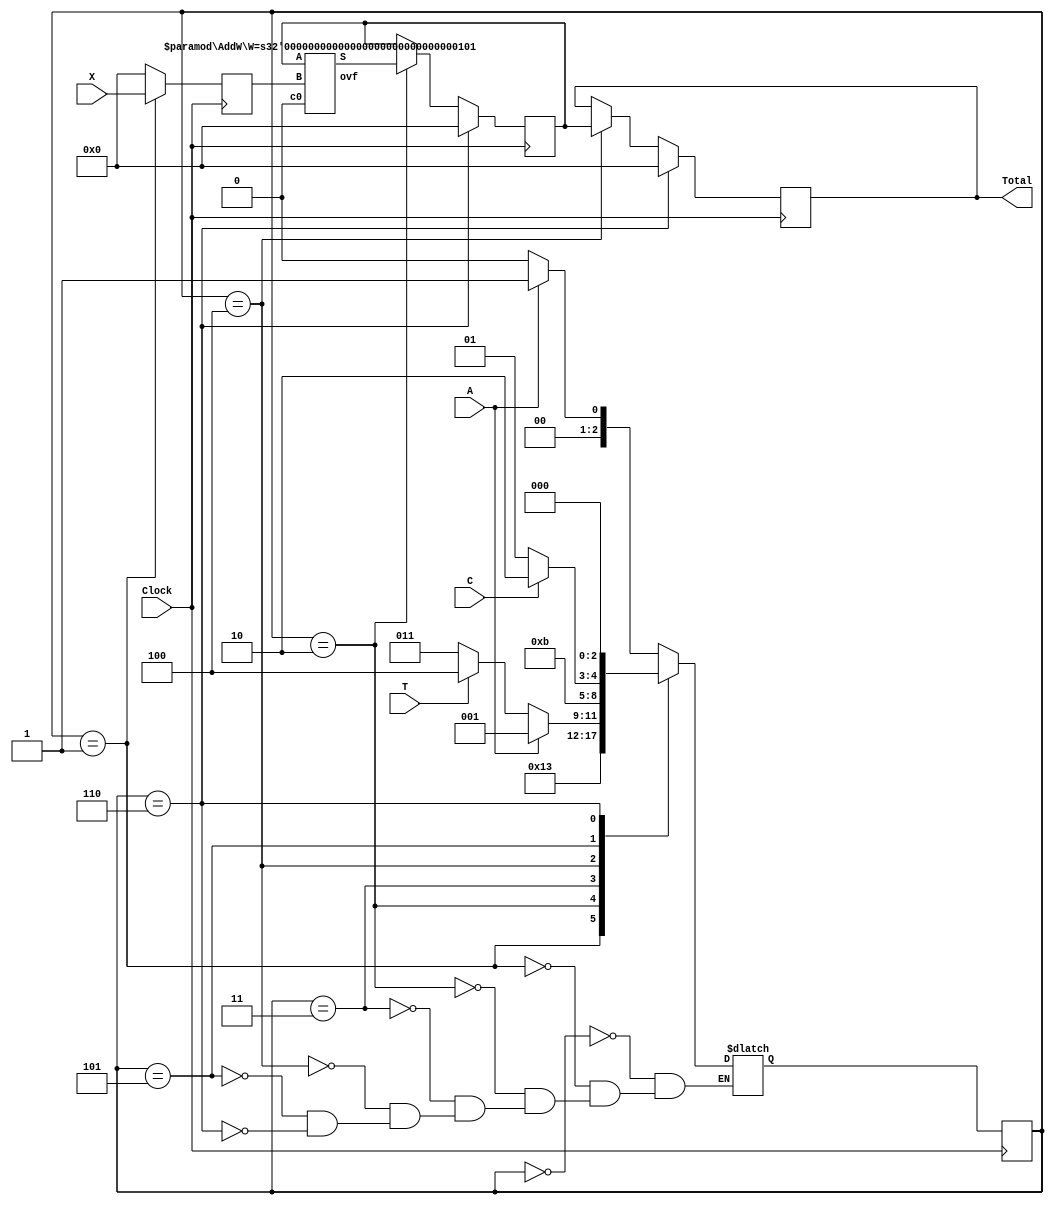
// Cash Register
module CashReg
  #(parameter W = 5)									// Default bit width
  (Clock, C, A, T, X, Total);
	input Clock;
	input A;													// Add next X
	input T;													// Display Total
	input C;													// Clear Total
	input [W-1:0] X;										// Unsigned
	output [W-1:0] Total;
  
  
// Datapath Components
	reg [W-1:0] AREG;
	wire A_LD;

	reg [W-1:0] SREG;
	wire S_CLR, S_LD;

	reg [W-1:0] TREG;
	wire T_CLR, T_LD;
  
	wire ovf;
	wire [W-1:0] R;
	AddW #(.W(W)) Adder(SREG, AREG, 1'b0, R, ovf);


// Datapath Controller
	reg [2:0] Q, Q_Next;
	localparam Init          = 3'd0;
	localparam LoadX         = 3'd1;
	localparam AddX          = 3'd2;
	localparam MoreX         = 3'd3;
	localparam LoadTotal     = 3'd4;
	localparam DisplayTotal  = 3'd5;
	localparam Clear         = 3'd6;


 // Controller State Transitions
	always @*
	begin
		case (Q)
			Init:
        if (A)
					Q_Next <= LoadX;
				else
					Q_Next <= Init;

			LoadX: Q_Next <= AddX;

			AddX: Q_Next <= MoreX;

			MoreX:
        if (A)
					Q_Next <= LoadX;
				else if (T)
					Q_Next <= LoadTotal;
				else
					Q_Next <= MoreX;

			LoadTotal: Q_Next <= DisplayTotal;

			DisplayTotal:
        if (C)
					Q_Next <= Clear;
				else
					Q_Next <= DisplayTotal;

			Clear: Q_Next <= Init;
		endcase
	end
  
 // Initial State
  initial
	begin
		Q <= Init;
		AREG <= 'd0;
		SREG <= 'd0;
		TREG <= 'd0;
	end


// Controller State Update
	always @(posedge Clock)
		Q <= Q_Next;

// Controller Output Logic
	assign A_LD = (Q == LoadX);
	assign S_LD = (Q == AddX);
	assign T_LD = (Q == LoadTotal);
	assign S_CLR = (Q == Clear);
	assign T_CLR = (Q == Clear);

 
// Datapath State Update
  always @(posedge Clock)
	begin
		AREG <= A_LD ? X : 'd0;
		SREG <=
			S_CLR ? 'd0 :
				(S_LD ? R : SREG);
		TREG <=
			T_CLR ? 'd0 :
				(T_LD ? SREG : TREG);
	end

// Datapath Output Logic
	assign Total = TREG;

endmodule

module FullAdder(a, b, cin, s, cout);
	input a, b, cin;
	output s, cout;
	assign s = a ^ b ^ cin;
	assign cout = a & b | cin & (a ^ b);
endmodule

// W-bit Ripple-Carry Adder
// ModelSim allows the use of "generate".
// This module defines a parameterized W-bit RCA adder
module AddW
	#(parameter W = 16)			// Default width
	(A, B, c0, S, ovf);
	input [W-1:0] A, B;			// W-bit unsigned inputs
	input c0;						// Carry-in
	output [W-1:0] S;				// W-bit unsigned output
	output ovf;						// Overflow signal

	wire [W:0] c;					// Carry signals
	assign c[0] = c0;

	FullAdder F0(A[0], B[0]^Co, c[0], S[0], c[1]);

	FullAdder F1(A[1], B[1]^Co, c[1], S[1], c[2]);

	FullAdder F2(A[2], B[2]^Co, c[2], S[2], c[3]);

	FullAdder F3(A[3], B[3]^Co, c[3], S[3], c[4]);

	assign Ovf = c[4]^c[3];
endmodule